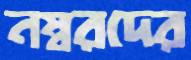
নম্বরদের